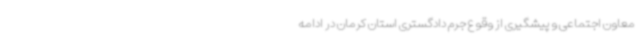
معاون اجتماعی و پیشگیری از وقوع جرم دادگستری استان کرمان در ادامه